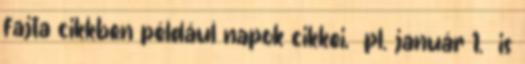
fajta cikkben például napok cikkei, pl. január 1. is